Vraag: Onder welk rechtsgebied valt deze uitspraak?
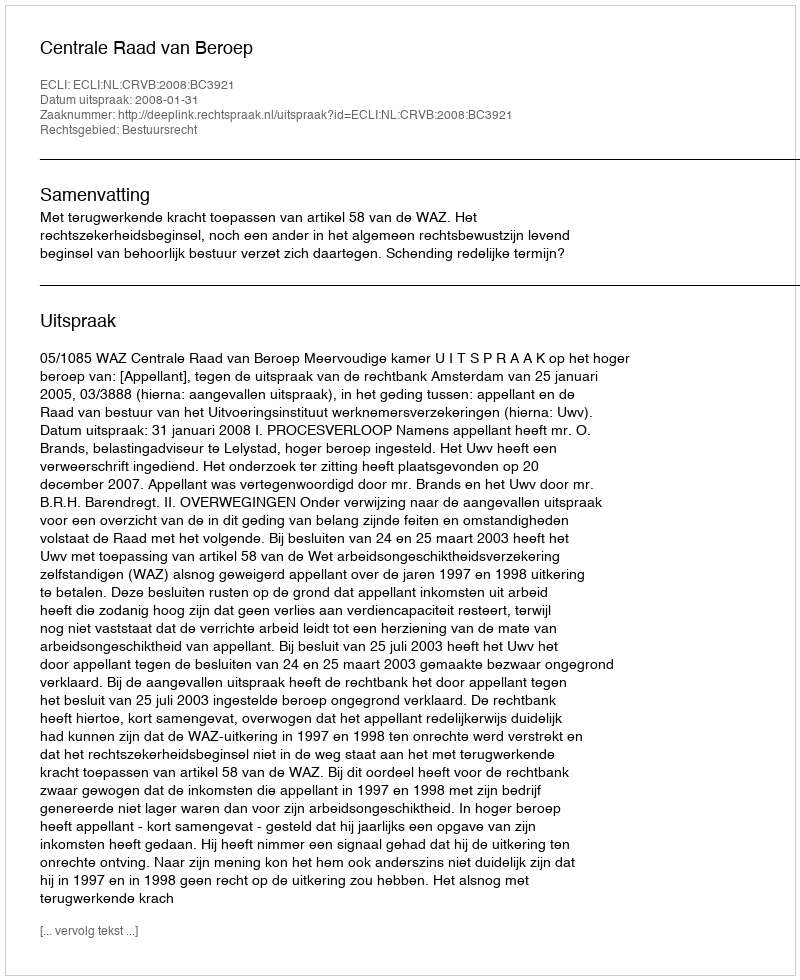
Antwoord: Bestuursrecht